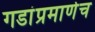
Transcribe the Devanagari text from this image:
गडांप्रमाणेच